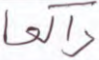
راكعا